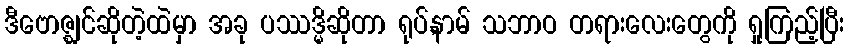
ဒီဗောဇ္ဈင်ဆိုတဲ့ထဲမှာ အခု ပဿဒ္မိဆိုတာ ရုပ်,နာမ် သဘာဝ တရားလေးတွေကို ရှုကြည့်ပြီး